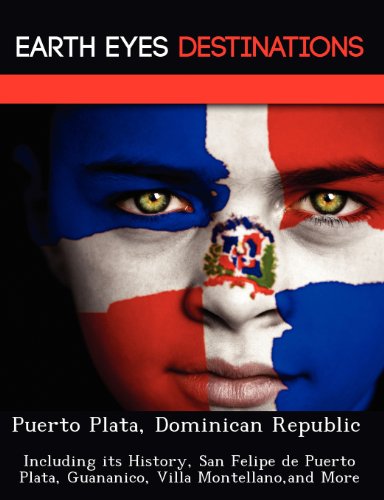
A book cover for Puerto Plata, Dominican Republic: Including its History, San Felipe de Puerto Plata, Guananico, Villa Montellano,and More; Sam Night; Travel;